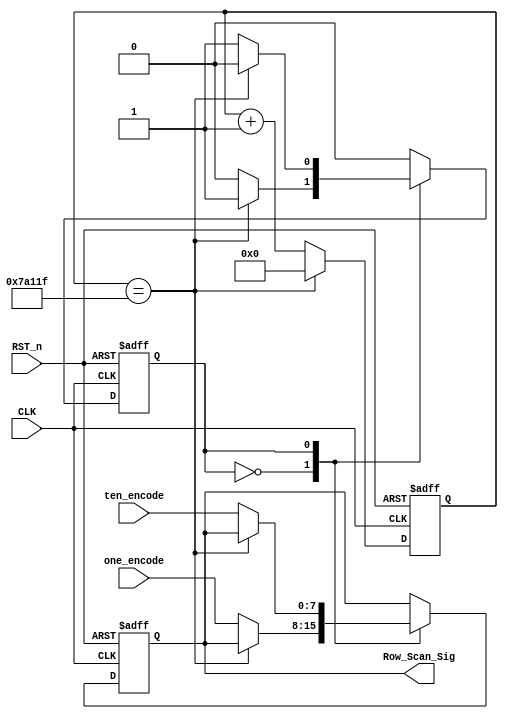
`timescale 1ns / 1ps
//////////////////////////////////////////////////////////////////////////////////
// Company: 
// Engineer: 
// 
// Design Name: 
// Module Name:    row_scan_mod 
// Project Name: 
// Target Devices: 
// Tool versions: 
// Description: 
//
// Dependencies: 
//
// Revision: 
// Revision 0.01 - File Created
// Additional Comments: 
//
//////////////////////////////////////////////////////////////////////////////////
module row_scan_mod(
    CLK,
    RST_n,
    ten_encode,
    one_encode,
    Row_Scan_Sig
    );
    
    input  CLK;
    input  RST_n;
    input  [7:0]ten_encode;
    input  [7:0]one_encode;
    output [7:0]Row_Scan_Sig;
    
    //10msencode_smg
    parameter T10MS = 19'd499_999;
    
    reg [18:0] count;
    
    always @(posedge CLK or negedge RST_n) begin
        if (!RST_n) begin
            count <= 19'd0;
        end
        else if (count == T10MS) begin
            count <= 19'd0;
        end
        else begin
            count <= count + 1'b1;
        end
    end
    
    reg i;
    reg [7:0]rData;
    
    always @(posedge CLK or negedge RST_n) begin
        if (!RST_n) begin
            i <= 1'b0;
            rData <= 8'd0;
        end
        else
            case(i)
            
                1'b0:
                    if (count == T10MS)
                        i <= 1'b1;
                    else
                        rData <= one_encode;
                    
                1'b1:
                    if (count == T10MS)
                        i <= 1'b0;
                    else
                        rData <= ten_encode;
                
            endcase
    end
    
    assign Row_Scan_Sig = rData;
    
endmodule